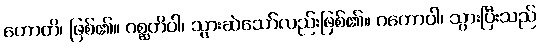
ဟောတိ၊ ဖြစ်၏။ ဂစ္ဆတိဝါ၊ သွားဆဲသော်လည်းဖြစ်၏။ ဂတောဝါ၊ သွားပြီးသည်